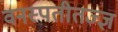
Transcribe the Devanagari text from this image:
वनस्पतीतज्‍ज्ञ